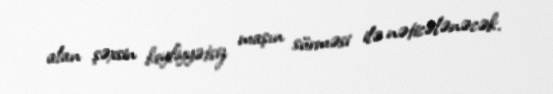
alan şəxsin keyfiyyətsiz maşın sürməsi ilə nəticələnəcək.